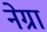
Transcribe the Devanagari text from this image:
नेग्रा